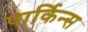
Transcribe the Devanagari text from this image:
पार्किन्स